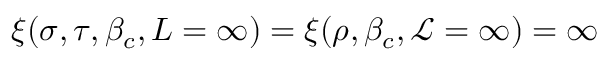
\xi ( \sigma , \tau , \beta _ { c } , L = \infty ) = \xi ( \rho , \beta _ { c } , \mathcal { L } = \infty ) = \infty